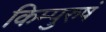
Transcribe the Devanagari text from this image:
किम्पुरुषं